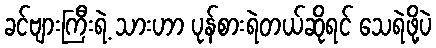
ခင်ဗျားကြီးရဲ့ သားဟာ ပုန်စားရဲတယ်ဆိုရင် သေရဲဖို့ပဲ